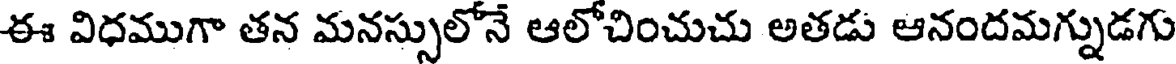
ఈ విధముగా తన మనస్సులోనే ఆలోచించుచు అతడు ఆనందమగ్నుడగు